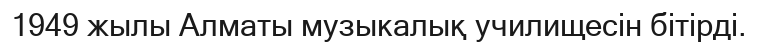
1949 жылы Алматы музыкалық училищесін бітірді.